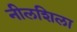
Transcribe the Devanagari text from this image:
नीलशिला